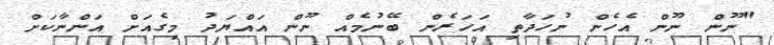
"ނޫން ނޫން އެހެން ނުހަދާތި އަހަރެން ބޭނުމެއް ނޫން އައްޔަދު މިގެއަށް އަންނާކަށް